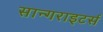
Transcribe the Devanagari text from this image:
सान्गराइटर्स